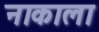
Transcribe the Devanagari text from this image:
नाकाला